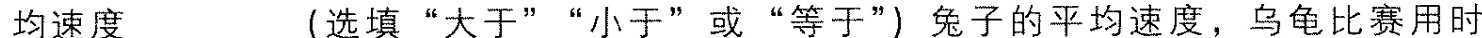
均速度___ (选填”大于””小于”或”等于”)兔子的平均速度，乌龟比赛用时